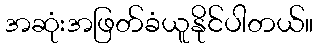
အဆုံးအဖြတ်ခံယူနိုင်ပါတယ်။